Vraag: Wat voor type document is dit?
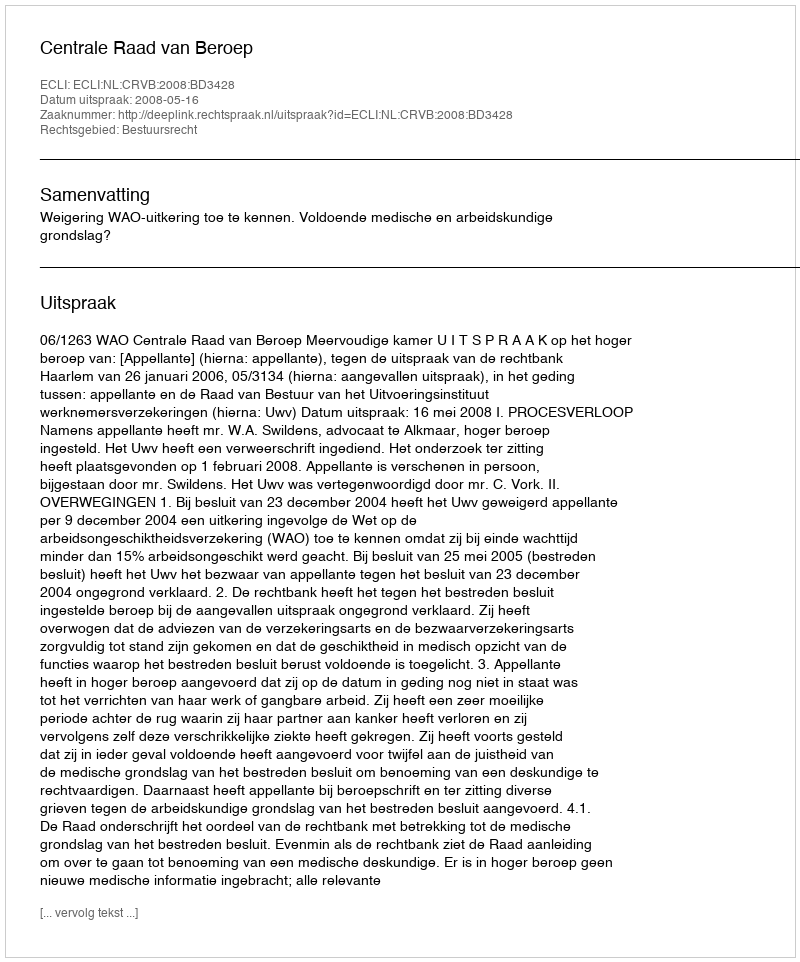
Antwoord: Uitspraak